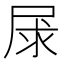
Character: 㞗